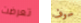
تعرضت سوف